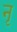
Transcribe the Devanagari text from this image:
नृ